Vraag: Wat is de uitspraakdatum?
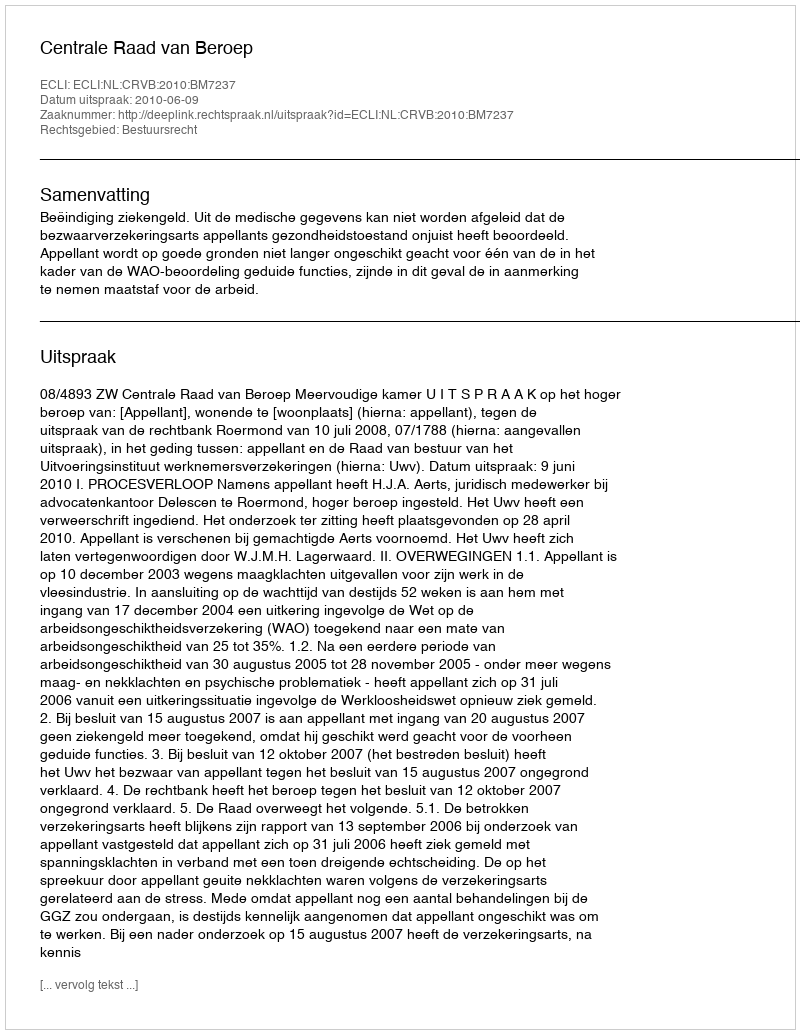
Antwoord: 2010-06-09